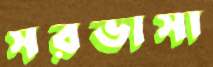
সরভাসা